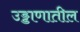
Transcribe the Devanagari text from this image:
उड्डाणातील